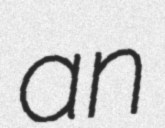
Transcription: an